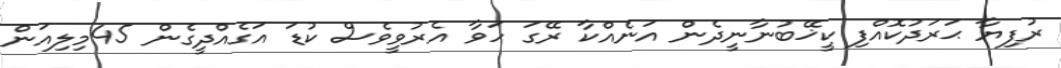
ރުފިޔާ ޙަރަދުކޮއްފި ކީޚޭބުނާނީދެން އަނެއްކާ ރޭގަ ހަވާ އެރުވީވެސް ކުޑަ އަގެއްދީގެން 45މިލިއަން